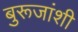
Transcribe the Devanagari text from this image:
बुरूजांशी